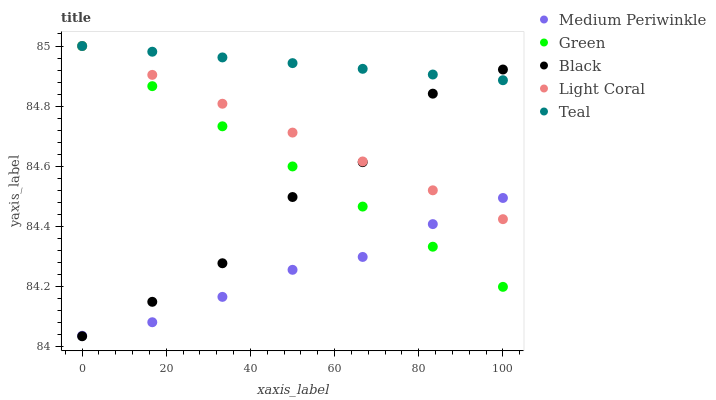
| xaxis_label | Medium Periwinkle | Green | Black | Light Coral | Teal |
 | --- | --- | --- | --- | --- | --- |
 | 0 | 84 | 85 | 84 | 85 | 85 |
 | 16.7 | 84.1 | 84.9 | 84.1 | 84.9 | 85 |
 | 33.3 | 84.2 | 84.7 | 84.3 | 84.8 | 85 |
 | 50 | 84.3 | 84.6 | 84.5 | 84.7 | 84.9 |
 | 66.7 | 84.3 | 84.5 | 84.6 | 84.6 | 84.9 |
 | 83.3 | 84.4 | 84.3 | 84.8 | 84.5 | 84.9 |
 | 100 | 84.5 | 84.2 | 84.9 | 84.4 | 84.9 |